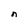
Character: n